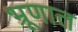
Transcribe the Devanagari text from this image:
भ्रूणात